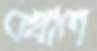
বখাল